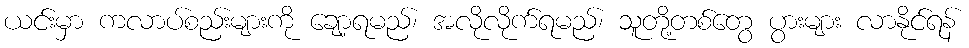
ယင်းမှာ ကလာပ်စည်းများကို ချော့ရမည်၊ အလိုလိုက်ရမည်၊ သူတို့တစ်တွေ ပွားများ လာနိုင်ရန်